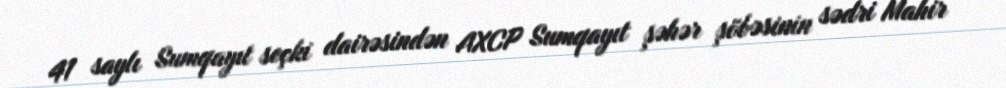
41 saylı Sumqayıt seçki dairəsindən AXCP Sumqayıt şəhər şöbəsinin sədri Mahir